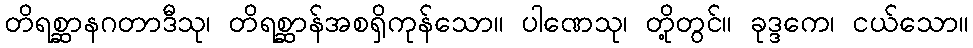
တိရစ္ဆာနဂတာဒီသု၊ တိရစ္ဆာန်အစရှိကုန်သော။ ပါဏေသု၊ တို့တွင်။ ခုဒ္ဒကေ၊ ငယ်သော။